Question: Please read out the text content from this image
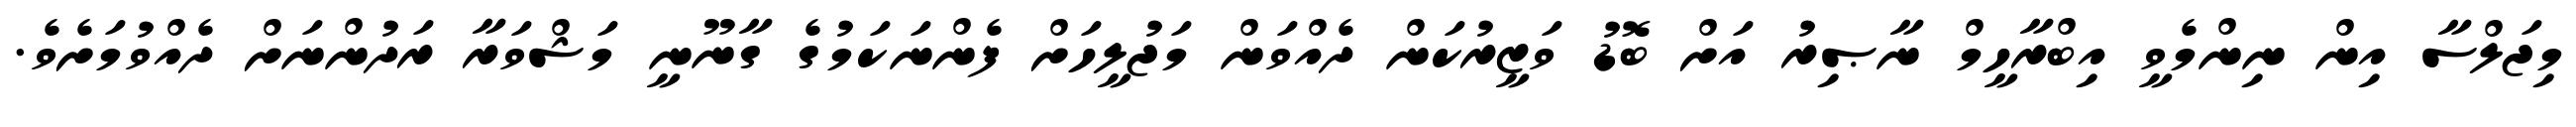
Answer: މިޖަލްސާ އިން ނިންމެވީ އިބްރާހީމް ނާޞިރު އަށް ބޮޑު ވަޒީރުކަން ދެއްވަން މަޖުލީހަށް ފެންނަކަމުގެ ގާނޫނީ މަޝްވަރާ ރަދުންނަށް ދެއްވުމަށެވެ.